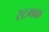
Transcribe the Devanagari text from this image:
स्टमक